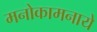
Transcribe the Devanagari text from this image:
मनोकामनाये